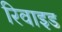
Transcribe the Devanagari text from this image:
रिवाइड